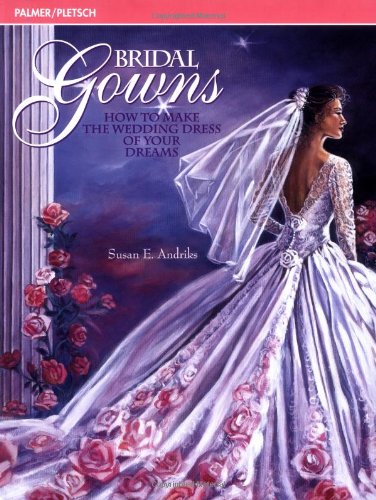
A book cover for Bridal Gowns: How to Make the Wedding Dress of Your Dreams; Susan E. Andriks; Crafts, Hobbies & Home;